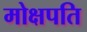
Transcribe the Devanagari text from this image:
मोक्षपति